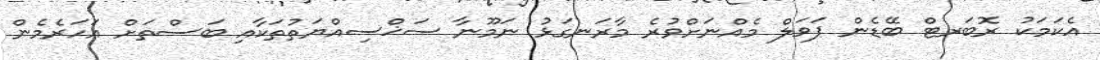
އެކަމަކު ރޮބަރޓް ބޭޑެން ޕަވަލް މެއްނަށްވުރެ މާރަނގަޅު ނަމޫނާ ސަޚްސިއްޔަތުތަކާއި ބަސްތަށް އަހަރެމެން